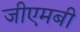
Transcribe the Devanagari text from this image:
जीएमबी